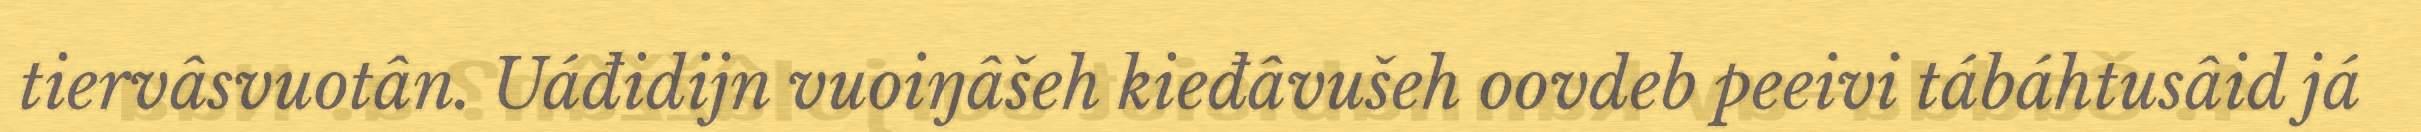
tiervâsvuotân. Uáđidijn vuoiŋâšeh kieđâvušeh oovdeb peeivi tábáhtusâid já